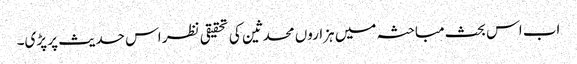
اب اس بحث مباحثہ میں ہزاروں محدثین کی تحقیقی نظر اس حدیث پر پڑی۔